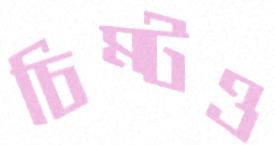
চিম্‌টও